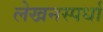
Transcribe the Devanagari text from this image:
लेखनस्पर्धा